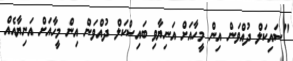
"ސައިކަލް ދުއްވަން އިން މީހާއަށް އަނިޔާވި ބައިސްކަލް ދުއްވަން އިން މީހާއަށް އަނިޔާއެއް